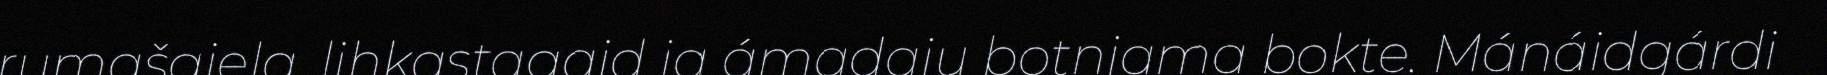
rumašgiela, lihkastagaid ja ámadaju botnjama bokte. Mánáidgárdi